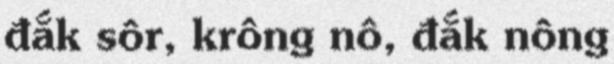
đắk sôr, krông nô, đắk nông